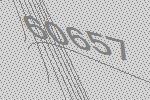
60657